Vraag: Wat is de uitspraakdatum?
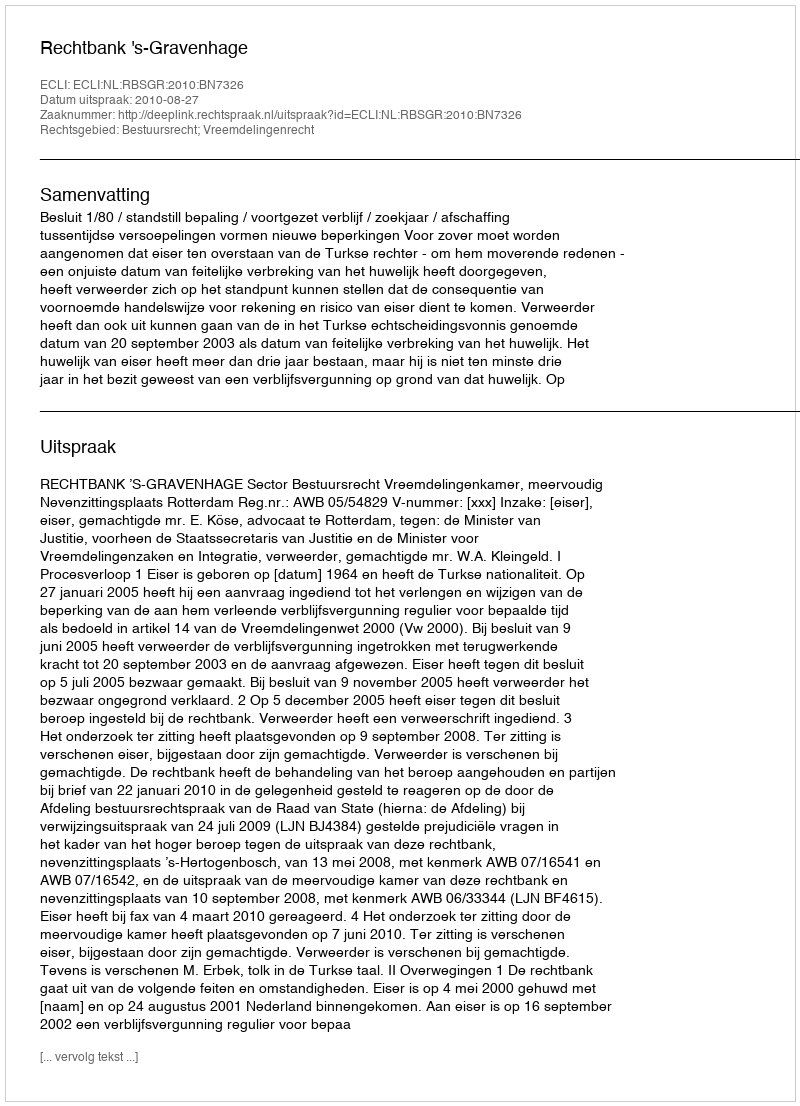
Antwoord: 2010-08-27